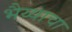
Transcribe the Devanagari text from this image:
भैय्याचा